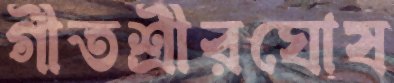
গীতশ্রীরঘোষ